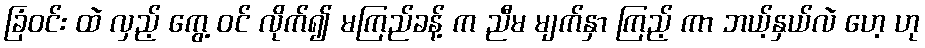
ခြံဝင်း ထဲ လှည့် ကွေ့ ဝင် လိုက်၍ မကြည်ခန့် က ညီမ မျက်နှာ ကြည့် ကာ ဘယ့်နှယ်လဲ ဟေ့ ဟု